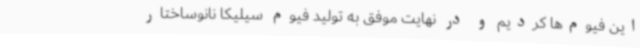
این فیوم‌ها کردیم و در نهایت موفق به تولید فیوم سیلیکا نانوساختار